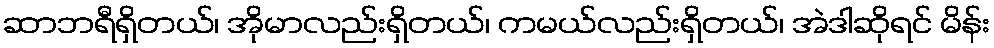
ဆာဘရီရှိတယ်၊ အိုမာလည်းရှိတယ်၊ ကမယ်လည်းရှိတယ်၊ အဲဒါဆိုရင် မိန်း